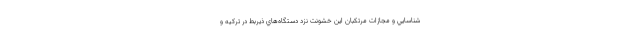
شناسايي و مجازات مرتكبان اين خشونت نزد دستگاه‌هاي ذيربط در تركيه و